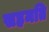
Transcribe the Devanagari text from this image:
सहमति